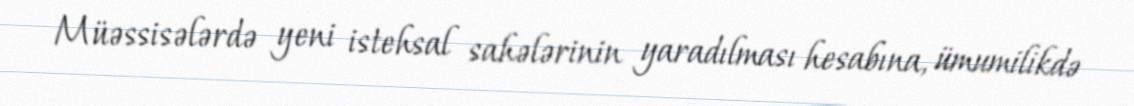
Müəssisələrdə yeni istehsal sahələrinin yaradılması hesabına, ümumilikdə